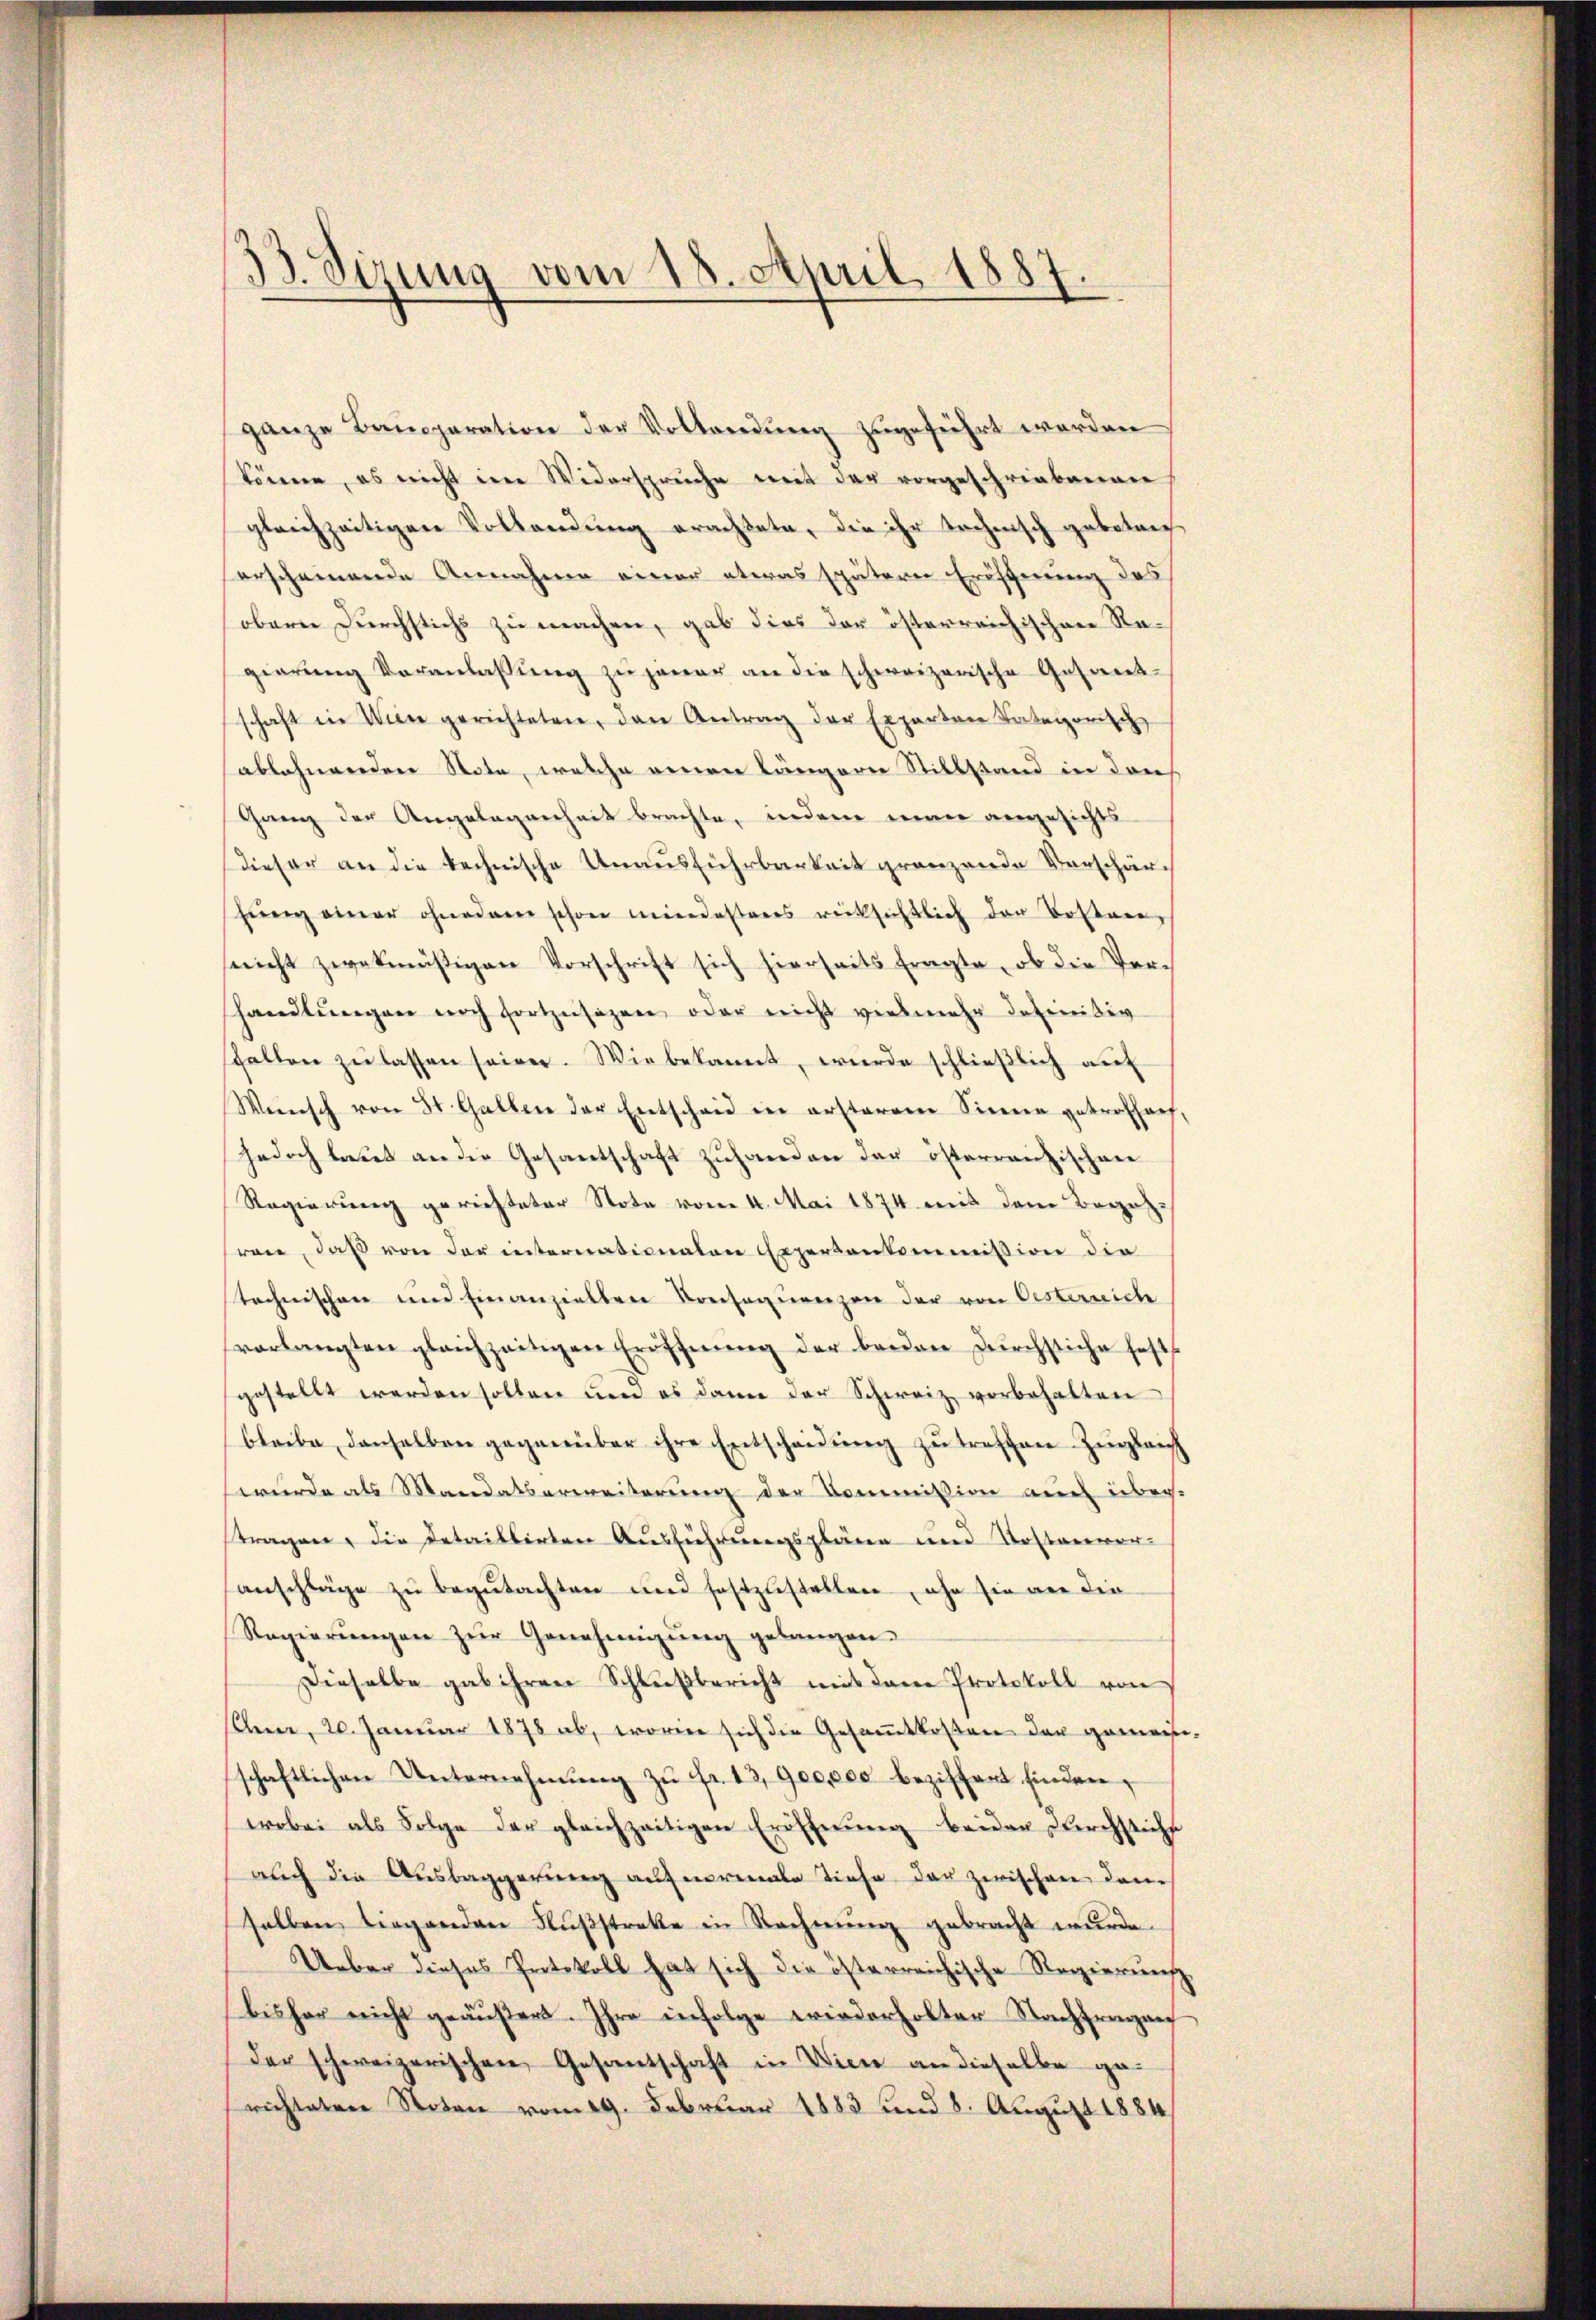
13. Sizung vom 18. April 188
e

ganze Banoperation der Vollendung zugeführt worden
könne, es nicht im Widersprüche mit der vorgeschriebenen
gleichzeitigen Vollendung erachtete, die ihr technisch geboten
erscheinende Annahme einer etwas spätern Eröffnung des
oberne Durchstichs zu machen, gab dies der österreichischen Regierŭng Veranlassŭng zŭ jener an die schweizerische Gesaret-
schaft in Wiene gerichteten, den Antrag der Experten Kategorisch
ablehnenden Note, welche einen längere Stillstand in dans
Gang der Angelegenheit brachte, indem man angesichts
dieser an die technische Unaŭsführbarkeit gränzende Verschärhŭng einer ohnedam schon mindesteres rücksichtlich der Bossare
nicht zwekmäßigen Vorschrift sich hierseits fragte, ob die Verhandlungen noch fortzusagen oder nicht vielmehr definitiv
sthalten zŭ lassen seien. Wie bekannt, wurde schließlich auf
Wünsch von 31. Gallen der Entscheid in ersteren Sinnen getroffauf,
jedoch lasst an die Gesantschaft zuhanden der österranzischen
Regierung gerichteter Note vom 4. Mai 1874 mit dem Begehren, daß von der internationalen Expertenkommission die
Technischere und Einanziellen Konsequenzen der von Oesternich
vorlangten gleichzeitigen Eröffnŭng der beiden Dŭrchstiche fests
gestellt werden sollen und es dann der Schweiz vorbehalten
bleibe denselben gegenüber ihre Entscheidŭng zŭ treffen. Zŭgleich
wurde als Mandatserweiterung der Commission auch inber-
tragen, die Detaillirten Ausführungspläne und Kostenver-
anschläge zu begutachten und festzustellen, ihn sie an die
Regierŭngen zŭr Genehmigŭng gelangen.
Dieselbe gab ihren Schlußbericht mit dem Protokoll von
slen, 20. Januar 1878 ab, worin sich die Gesammtkosen der gemach
schaftlichen Unternehmung zu fr. 13,900,000 beziffert finden,
wobei als Folge der gleichzeitigen Eröffnung beider Durchstichs
auch die Aŭsbaggerŭng auf normale Tiefe der zwischen dem
selben liegenden Flŭβstrakte in Rechnŭng gebracht wurde.
Ueber dieses Protokoll hat sich die österreichische Regierung
bisher nicht geäußert. Ihre infolge wiederholter Nachfragen
der schweizerischen Gesantschaft in Wien an dieselbe gerichteten Noten vom 19. Februar 1883 und 8. August 1884